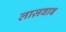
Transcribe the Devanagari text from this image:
लाज़वाब